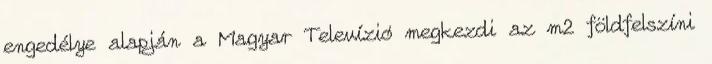
engedélye alapján a Magyar Televízió megkezdi az m2 földfelszíni